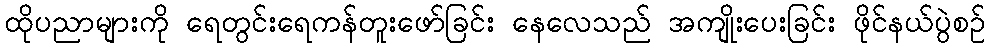
ထိုပညာများကို ရေတွင်းရေကန်တူးဖော်ခြင်း နေလေသည် အကျိုးပေးခြင်း ဖိုင်နယ်ပွဲစဉ်